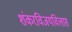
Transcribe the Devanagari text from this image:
शंकरविजयविलास